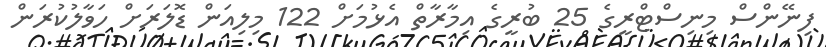
ފިނޭންސް މިނިސްޓްރީގެ 25 ބުރީގެ އިމާރާތް އެޅުމަށް 122 މިލިއަން ޑޮލަރަށް ހަވާލުކުރަން